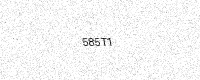
Text: 585T1